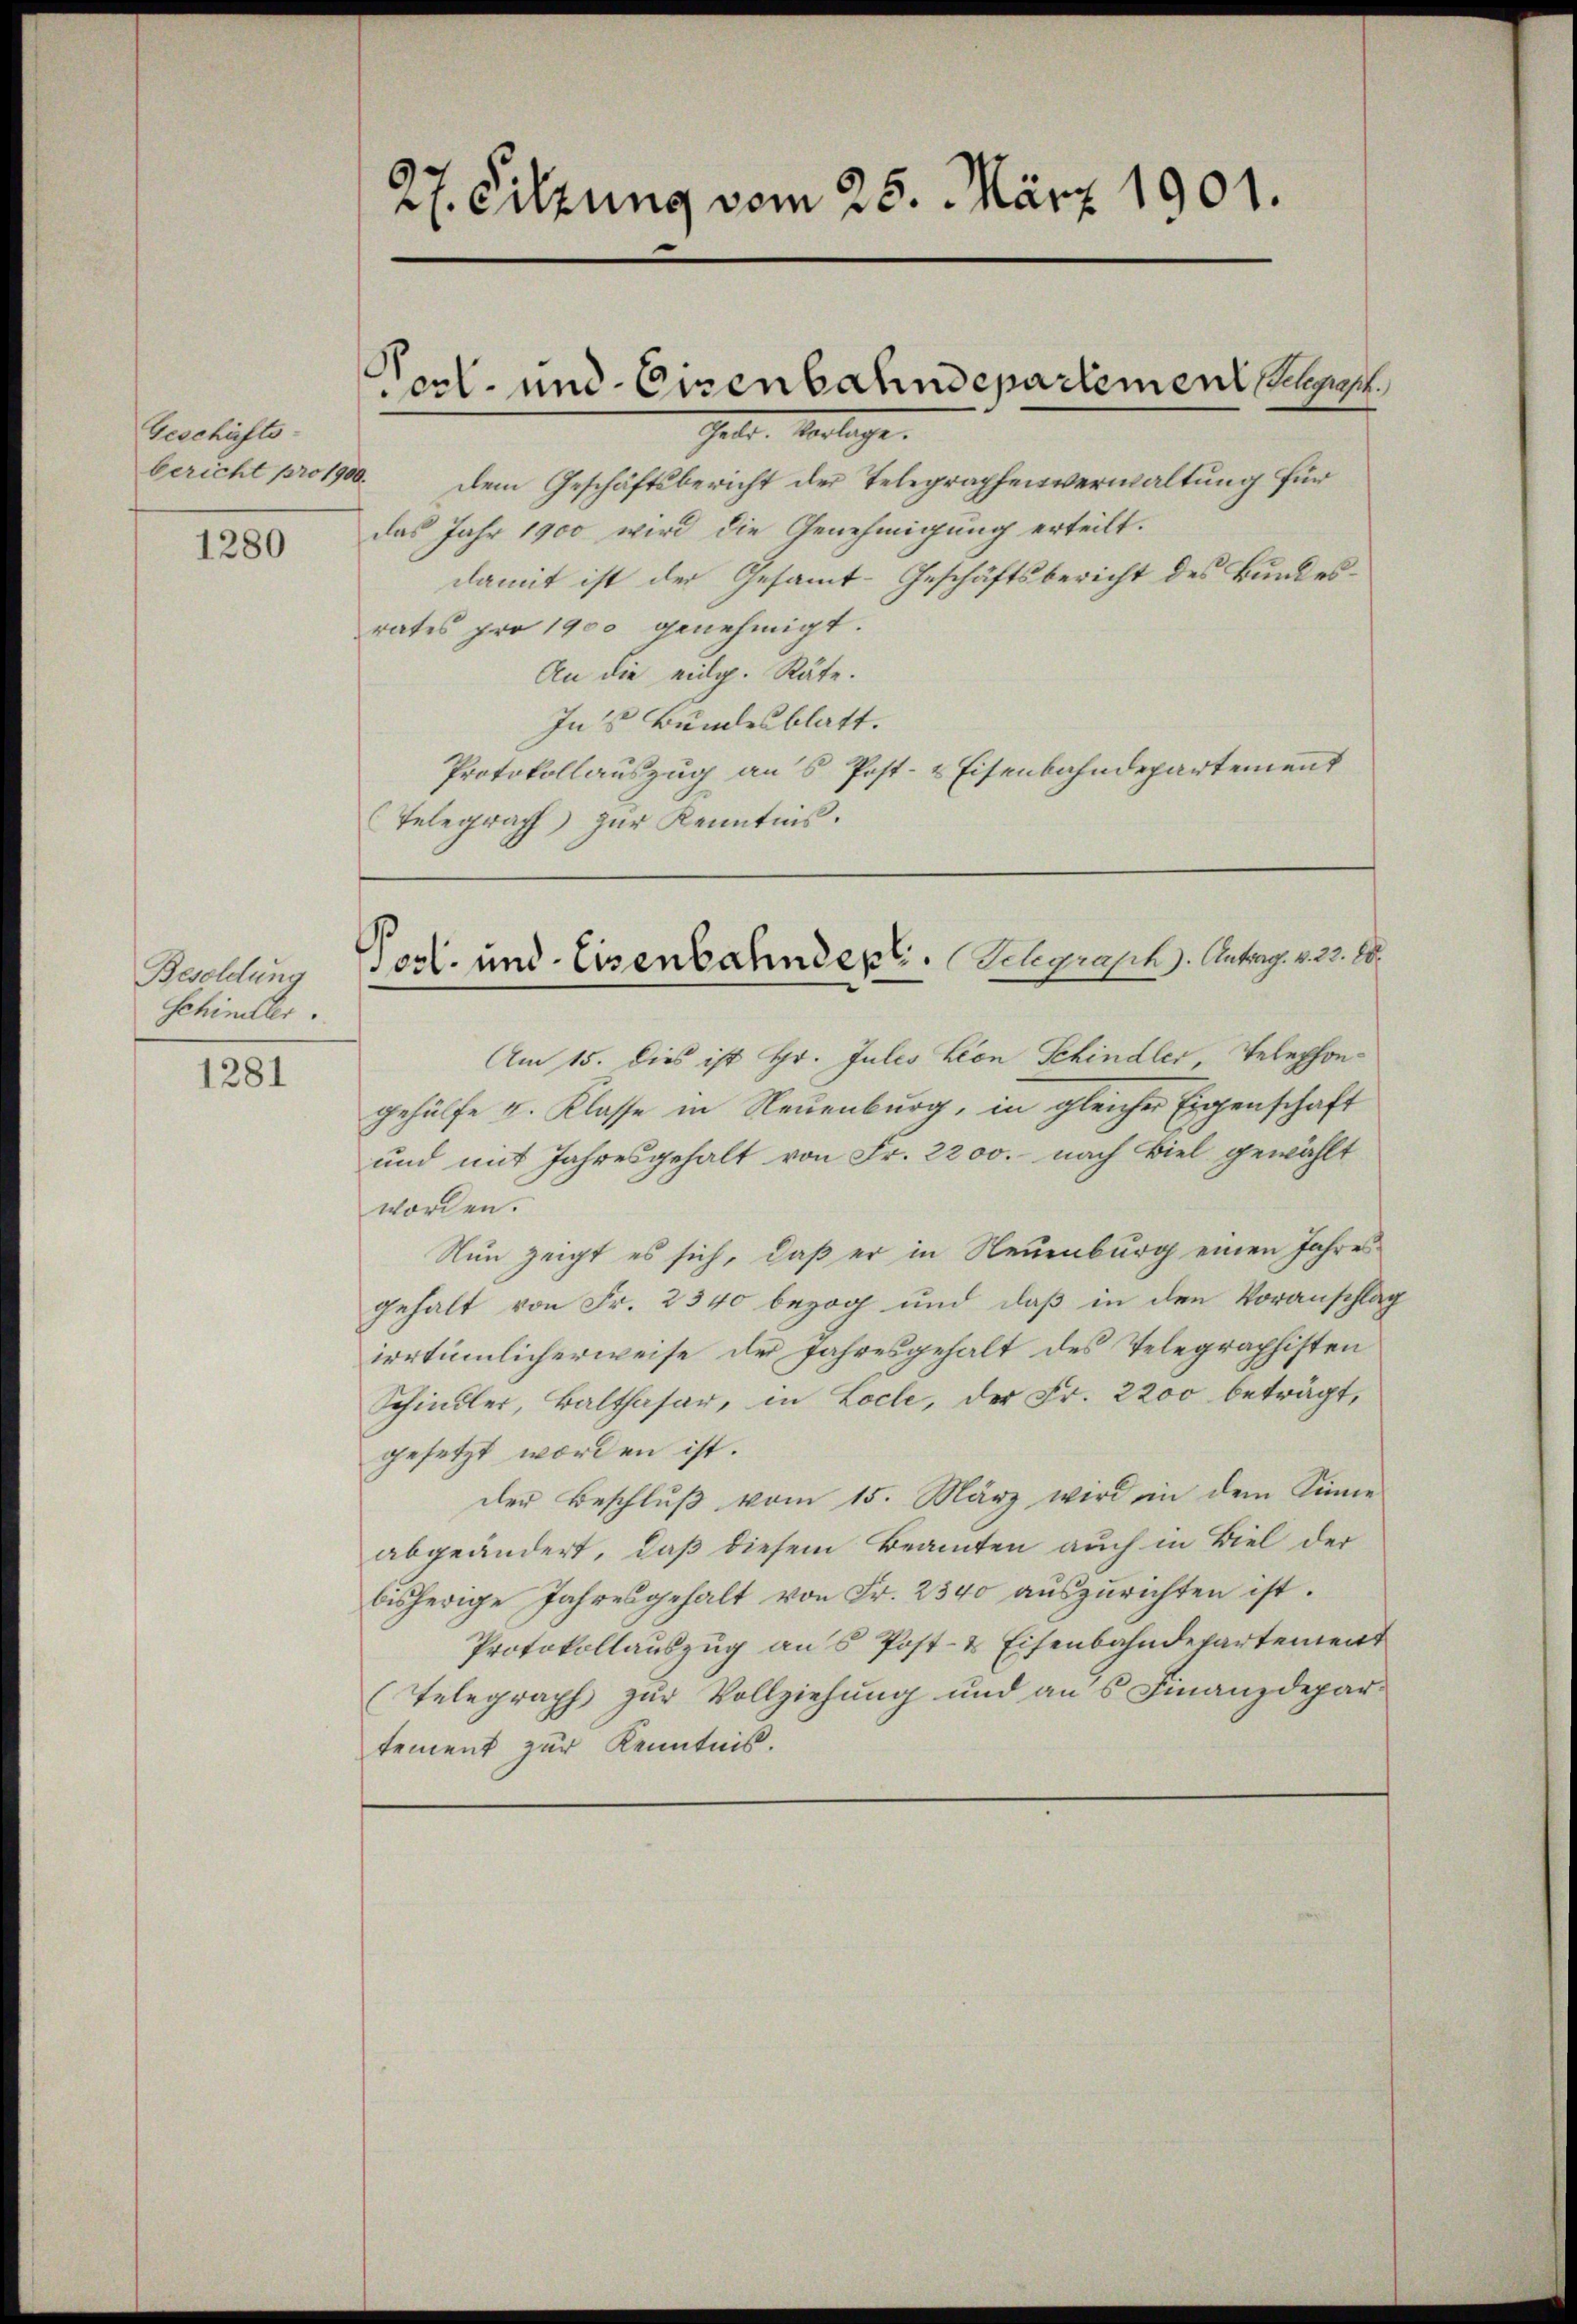
Geschäfts-
bericht pro 1900.

1280

Besoldung
Schineller.

1281

27. Sitzung vom 25. März 1901.

erl. und Eisenbahndepartement supe
Galer. Verlange.

Dem Geschäftsbericht der Telegraphenverwaltung für
das Jahr 1900 wird die Genehmigung erteilt.
damit ist der Gesamt-Geschäftsbericht des Bundesrates pro 1900 genehmigt.
An die eidg. Räte.
Ins Bundesblatt.
Protokollauszug ans Post- & Eisenbahndepartement
Telegraph zur Kenntnis.

Am 15. dies ist Hr. Julis von Schindler Telephongehülfe u. Klasse in Neuenburg, in gleicher Eigenschaft
und mit Jahresgehalt von Fr. 2200. nach Biel gewählt
worden.
Nun zeigt es sich, daß er in Neuenburg einen Jahres
gehalt von Fr. 2340 bezog und daß in den Voranschlag
irrtümlicherweise der Jahresgehalt des Telegraphisten
Schindler, Balthasar, in Loche, der Fr. 2200 beträgt,
gesetzt worden ist.
der Beschlŭβ vom 15. März wird in dem Sinne
abgeändert, daß diesem Beamten auch in Biel der
bisherige Jahresgehalt von Fr. 2340 auszurichten ist.
Protokollauszug an 5 Post- & Eisenbahndepartement
(Telegraph zur Vollziehung und ans Finanzdepar-
tement zur Kenntnis.

Post- und Eisenbahndept. Schgrasch. Antrag. v. 23. 28.